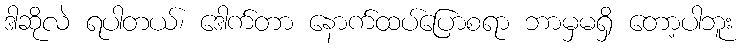
ဒါဆိုလဲ ရပါတယ်၊ ဒေါက်တာ နောက်ထပ်ပြောစရာ ဘာမှမရှိ တော့ပါဘူး